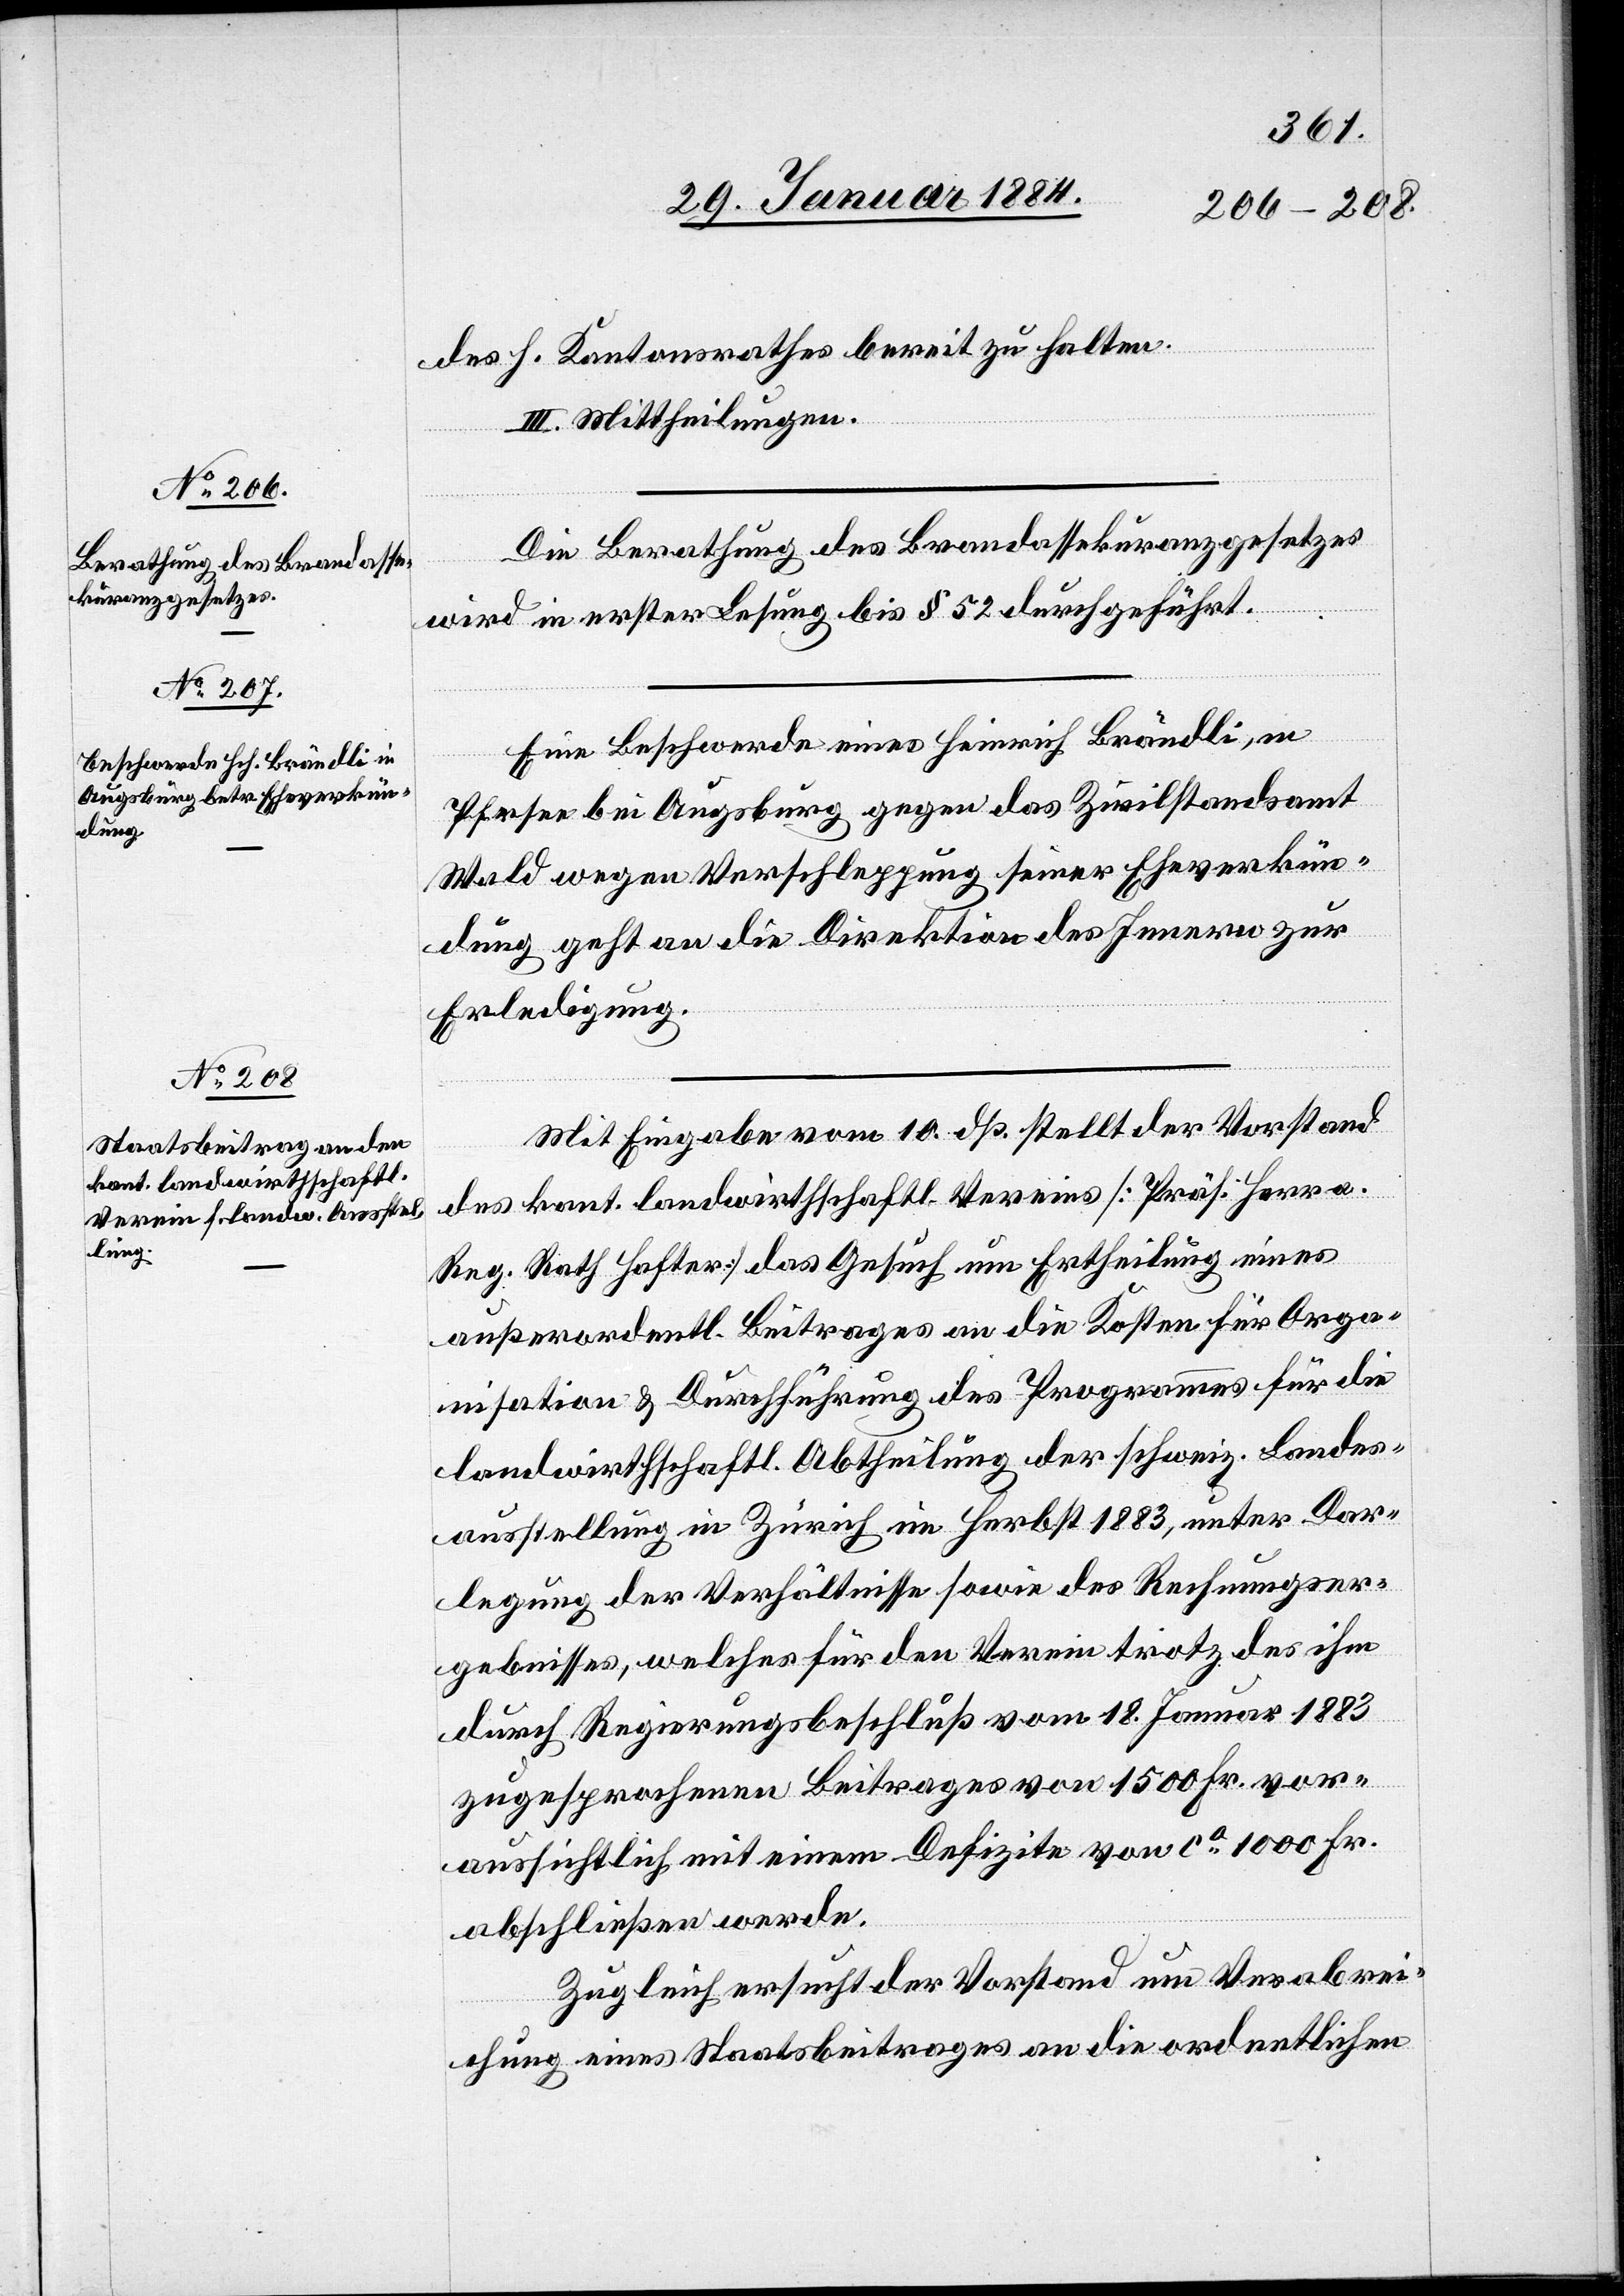
des h. Kantonsrathes bereit zu halten.
III. Mittheilungen.
Die Berathung des Brandassekuranzgesetzes
wird in erster Lesung bis § 52 durchgeführt.
Eine Beschwerde eines Heinrich Brändli, in
Pfersee bei Augsburg gegen das Zivilstandsamt
Wald wegen Verschleppung seiner Eheverkün¬
dung geht an die Direktion des Innern zu
Erledigung.
Mit Eingabe vom 10. dß. stellt der Vorstand
des kant. landwirthschaftl. Vereins [Präs. Herr a.
Reg. Rath Hafter] das Gesuch um Ertheilung eines
außerordentli. Beitrages an die Kosten für Orga¬
nisation & Durchführung des Programmes für die
landwirtschaftl. Abtheilung der schweiz. Landes¬
ausstellung in Zürich im Herbst 1883, unter Dar¬
legung der Verhältnisse sowie des Rechnungser¬
gebnisses, welches für den Verein trotz des ihm
durch Regierungsbeschluß vom 18. Januar 1883
zugesprochenen Beitrages von 1500 Fr. vor¬
aussichtlich mit einem Defizite von ca 1000 Fr.
abschließen werde.
Zugleich ersucht der Vorstand um Verabrei¬
chung eines Staatsbeitrages an die ordentlichen